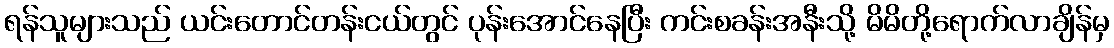
ရန်သူများသည် ယင်းတောင်တန်းငယ်တွင် ပုန်းအောင်နေပြီး ကင်းစခန်းအနီးသို့ မိမိတို့ရောက်လာချိန်မှ